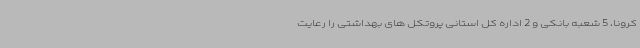
کرونا، 5 شعبه بانکی و 2 اداره کل استانی پروتکل های بهداشتی را رعایت